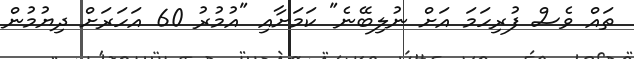
ތައް ވެސް ފުރިހަމަ އަށް ނުލިބޭނެ" ކަމަށާއި "އުމުރު 60 އަހަރަށް ދިޔުމުން